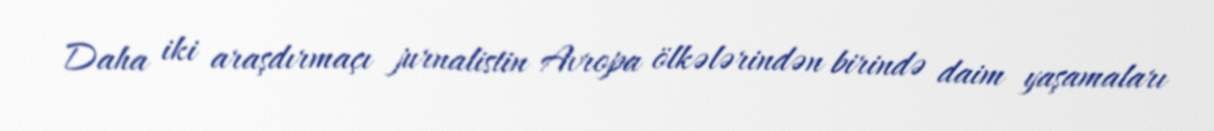
Daha iki araşdırmaçı jurnalistin Avropa ölkələrindən birində daim yaşamaları